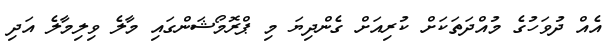
އެއް ދުވަހުގެ މުއްދަތަކަށް ކުރިއަށް ގެންދިޔަ މި ޕްރޮމޯޝަންގައި މާލެ ވިލިމާލެ އަދި